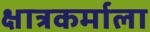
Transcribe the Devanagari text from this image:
क्षात्रकर्माला